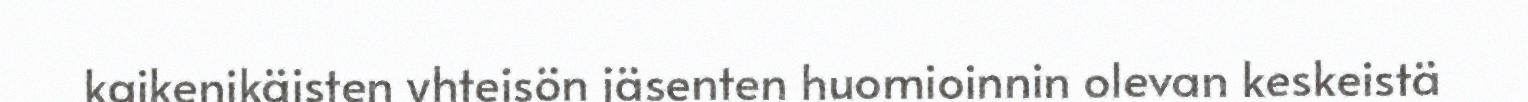
kaikenikäisten yhteisön jäsenten huomioinnin olevan keskeistä